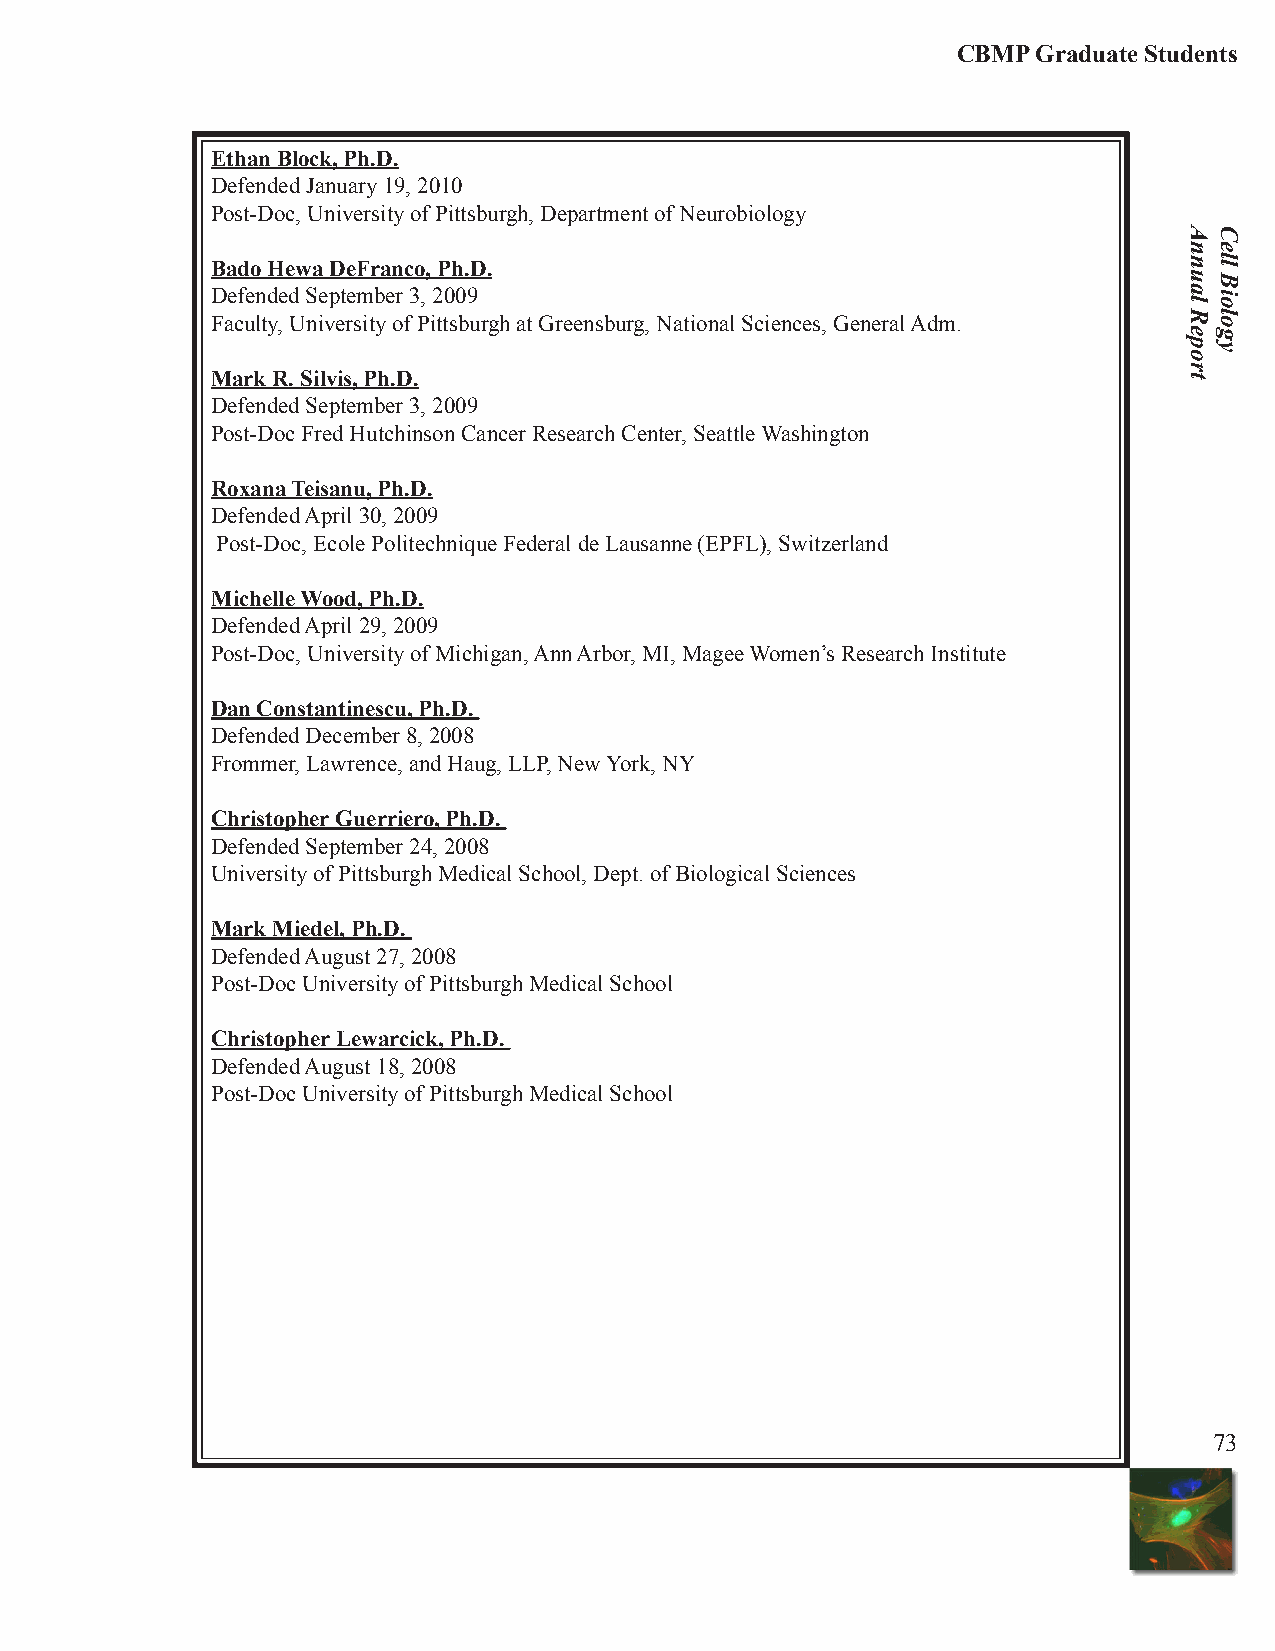
CBMP  Graduate Students
 Ethan Block, Ph.D.
 Defended January 19, 2010
 Post-Doc, University of Pittsburgh, Department of Neurobiology
 Bado Hewa DeFranco, Ph.D.
 Defended September 3, 2009
 Faculty, University of Pittsburgh at Greensburg, National Sciences, General Adm.
 Mark R. Silvis, Ph.D.
 Defended September 3, 2009
 Post-Doc Fred Hutchinson Cancer Research Center, Seattle Washington
 Roxana Teisanu, Ph.D.
 Defended April 30, 2009
 Post-Doc, Ecole Politechnique Federal de Lausanne (EPFL), Switzerland
 Michelle Wood, Ph.D.
 Defended April 29, 2009
 Post-Doc, University of Michigan, Ann Arbor, MI, Magee Women’s Research Institute
 Dan Constantinescu, Ph.D.
 Defended December 8, 2008
 Frommer, Lawrence, and Haug, LLP, New York, NY
 Christopher Guerriero, Ph.D.
 Defended September 24, 2008
 University of Pittsburgh Medical School, Dept. of Biological Sciences
 Mark Miedel, Ph.D.
 Defended August 27, 2008
 Post-Doc University of Pittsburgh Medical School
 Christopher Lewarcick, Ph.D.
 Defended August 18, 2008
 Post-Doc University of Pittsburgh Medical School
 73
 Annual
 Report
 Cell
 Biology